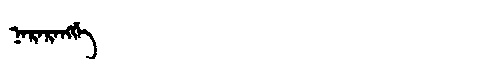
Manchu: ᠨᠠᡵᠠᡵᠠᠩᡤᡝ
Romanization: NARARANGGE